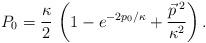
LaTeX: \begin{align*} P_0 = \frac\kappa2\,\left(1 - e^{-2p_0/\kappa} + \frac{\vec{p}\,{}^2}{\kappa^2}\right).\end{align*}